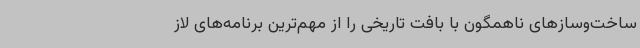
ساخت‌وسازهای ناهمگون با بافت تاریخی را از مهم‌ترین برنامه‌های لاز